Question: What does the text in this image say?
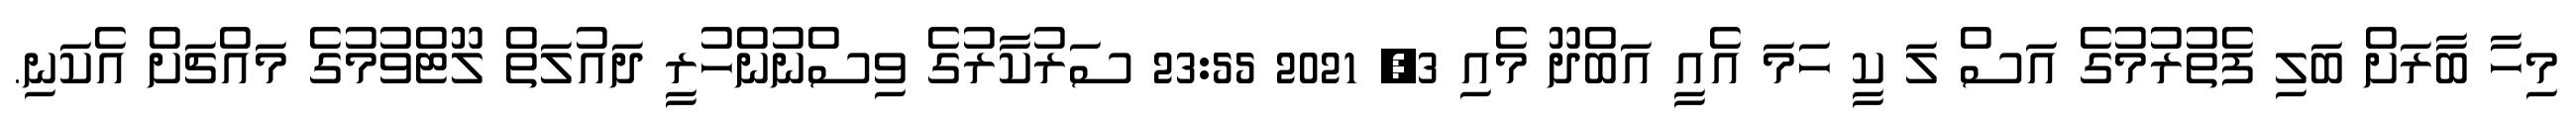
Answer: މިހާ ބާރަށް ބަލި ފެތުރުމުގެ އަސް ލަ ކީ ހަމަ އެއީ އަބްދޫ މެއި 3, 2021 23:55 ސަރުކާރުގެ ވިސްނުންހުރީ ދައުލަތް ލޫޓްވުމުގެ މައްޗަށް އެކަނި.